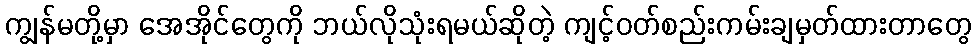
ကျွန်မတို့မှာ အေအိုင်တွေကို ဘယ်လိုသုံးရမယ်ဆိုတဲ့ ကျင့်ဝတ်စည်းကမ်းချမှတ်ထားတာတွေ